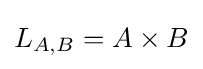
L_{A,B}=A\times B